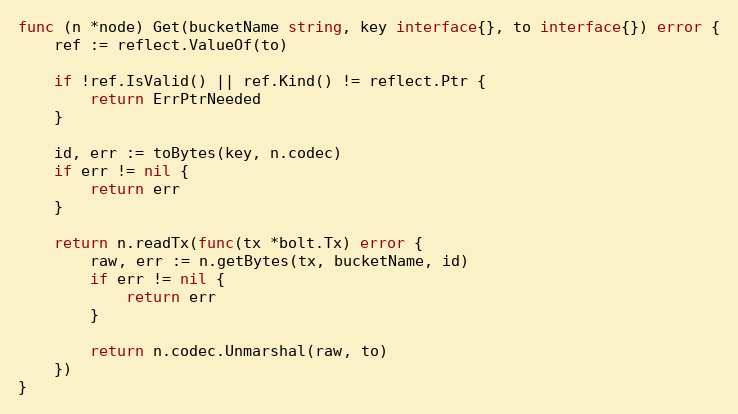
Language: Go
func (n *node) Get(bucketName string, key interface{}, to interface{}) error {
	ref := reflect.ValueOf(to)

	if !ref.IsValid() || ref.Kind() != reflect.Ptr {
		return ErrPtrNeeded
	}

	id, err := toBytes(key, n.codec)
	if err != nil {
		return err
	}

	return n.readTx(func(tx *bolt.Tx) error {
		raw, err := n.getBytes(tx, bucketName, id)
		if err != nil {
			return err
		}

		return n.codec.Unmarshal(raw, to)
	})
}